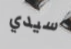
سيدي